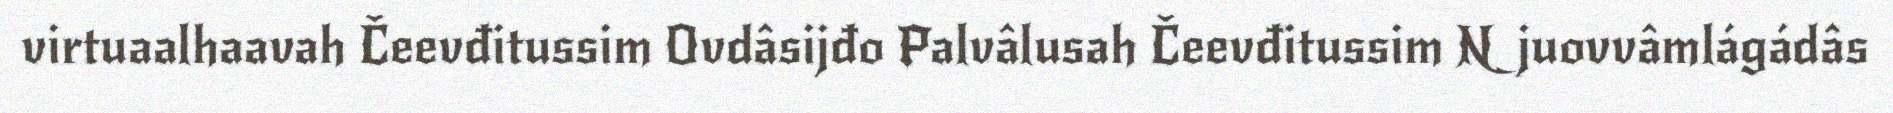
virtuaalhaavah Čeevđitussim Ovdâsijđo Palvâlusah Čeevđitussim Njuovvâmlágádâs